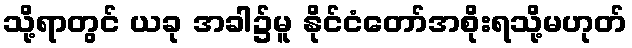
သို့ရာတွင် ယခု အခါ၌မူ နိုင်ငံတော်အစိုးရသို့မဟုတ်